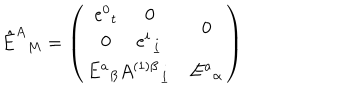
LaTeX: \hat { E } ^ { A } { } _ { M } = \left( \begin{array} { c c } { { \begin{matrix} { { e ^ { 0 } { } _ { t } } } & { { 0 } } \\ { { 0 } } & { { e ^ { i } { } _ { \underline { { i } } } } } \\ \end{matrix} } } & { { 0 } } \\ { { E ^ { a } { } _ { { \beta } } A ^ { ( 1 ) { \beta } } { } _ { \underline { { i } } } } } & { { E ^ { a } { } _ { \alpha } } } \\ \end{array} \right)